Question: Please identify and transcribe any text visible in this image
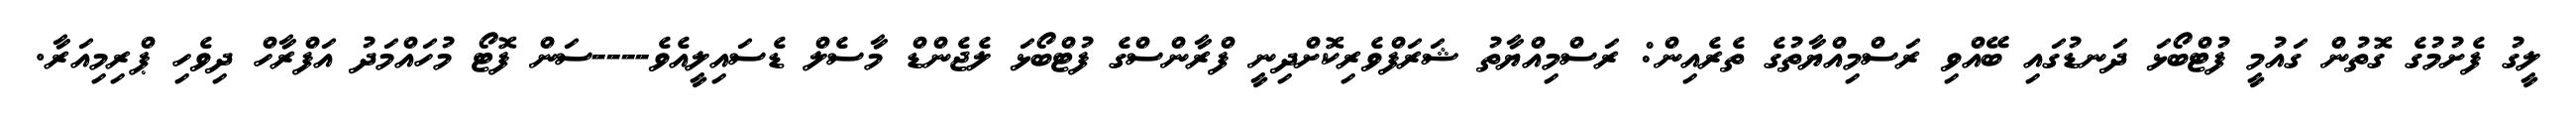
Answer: ލީގު ފެށުމުގެ ގޮތުން ގައުމީ ފުޓްބޯޅަ ދަނޑުގައި ބޭއްވި ރަސްމިއްޔާތުގެ ތެރެއިން: ރަސްމިއްޔާތު ޝަރަފްވެރިކޮށްދިނީ ފްރާންސްގެ ފުޓްބޯޅަ ލެޖެންޑް މާސެލް ޑެސައިލީއެވެ----ސަން ފޮޓޯ މުހައްމަދު އަފްރާހް ދިވެހި ޕްރިމިއަރާ.